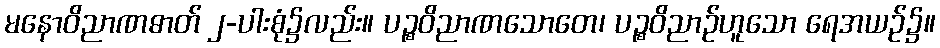
မနောဝိညာဏဓာတ် ၂-ပါးစုံ၌လည်း။ ပဉ္စဝိညာဏသောတေ၊ ပဉ္စဝိညာဉ်ဟူသော ရေအယဉ်၌။